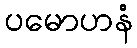
ပမောဟနံ